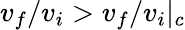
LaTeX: v_{f}/v_{i}>v_{f}/v_{i}|_{c}